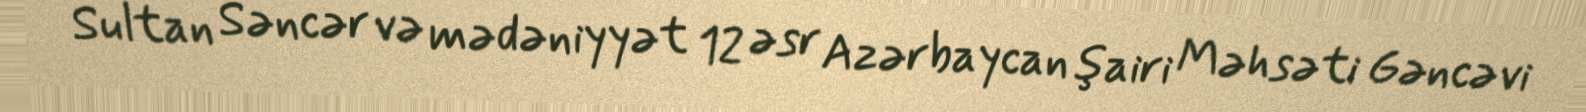
Sultan Səncər və mədəniyyət 12 əsr Azərbaycan şairi Məhsəti Gəncəvi